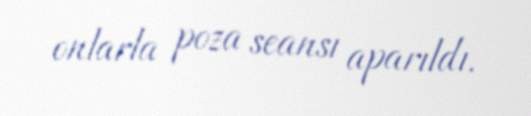
onlarla poza seansı aparıldı.